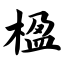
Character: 楹